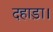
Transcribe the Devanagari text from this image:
दहाड़ा।